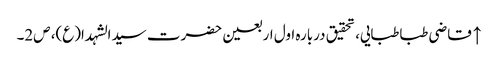
↑ قاضی طباطبایی، تحقیق دربارہ اول اربعین حضرت سیدالشہدا(ع)، ص2۔